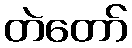
တဲတော်